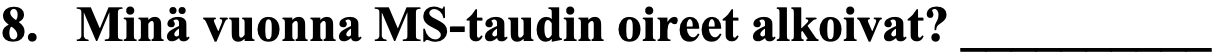
8. Minä vuonna MS-taudin oireet alkoivat? __________